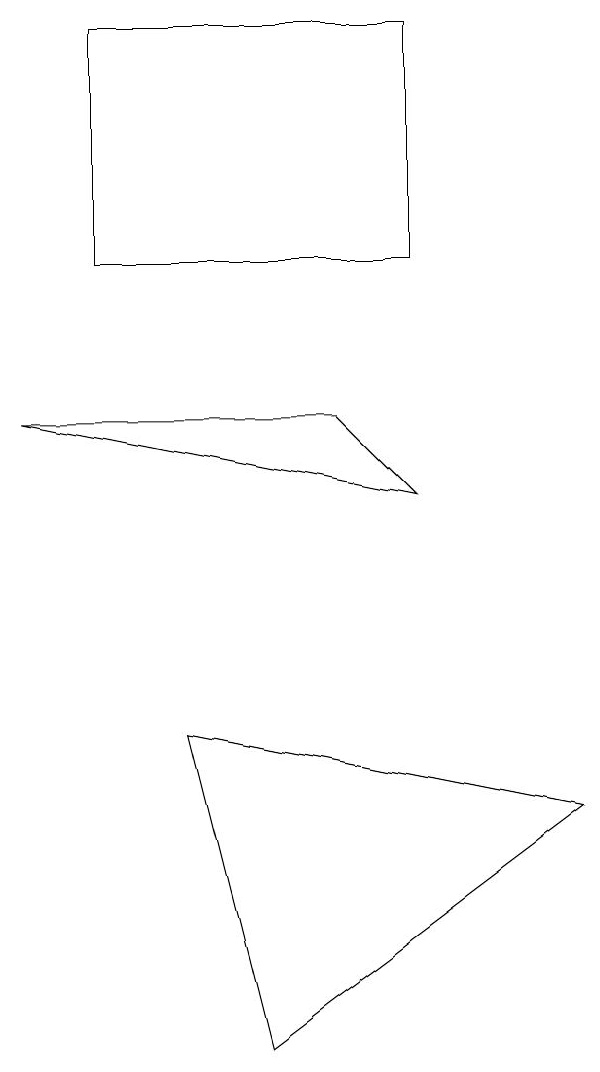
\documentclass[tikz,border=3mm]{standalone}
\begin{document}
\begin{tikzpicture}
\draw (2,8) -- (6,8) -- (7,7) -- cycle;
\draw (7,10) rectangle (3,13);
\draw (5,0) -- (9,3) -- (4,4) -- cycle;
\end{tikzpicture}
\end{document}